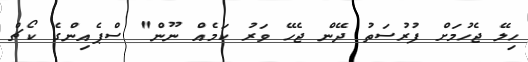
ހިލޭ ޖެހުމަށް ފުރުސަތު ދޭން ޖެހޭ ވަރު ކަމެއް ނޫން" ސްޕެއިންގެ ކޯޗް